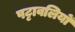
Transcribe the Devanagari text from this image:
पट्टावलियों